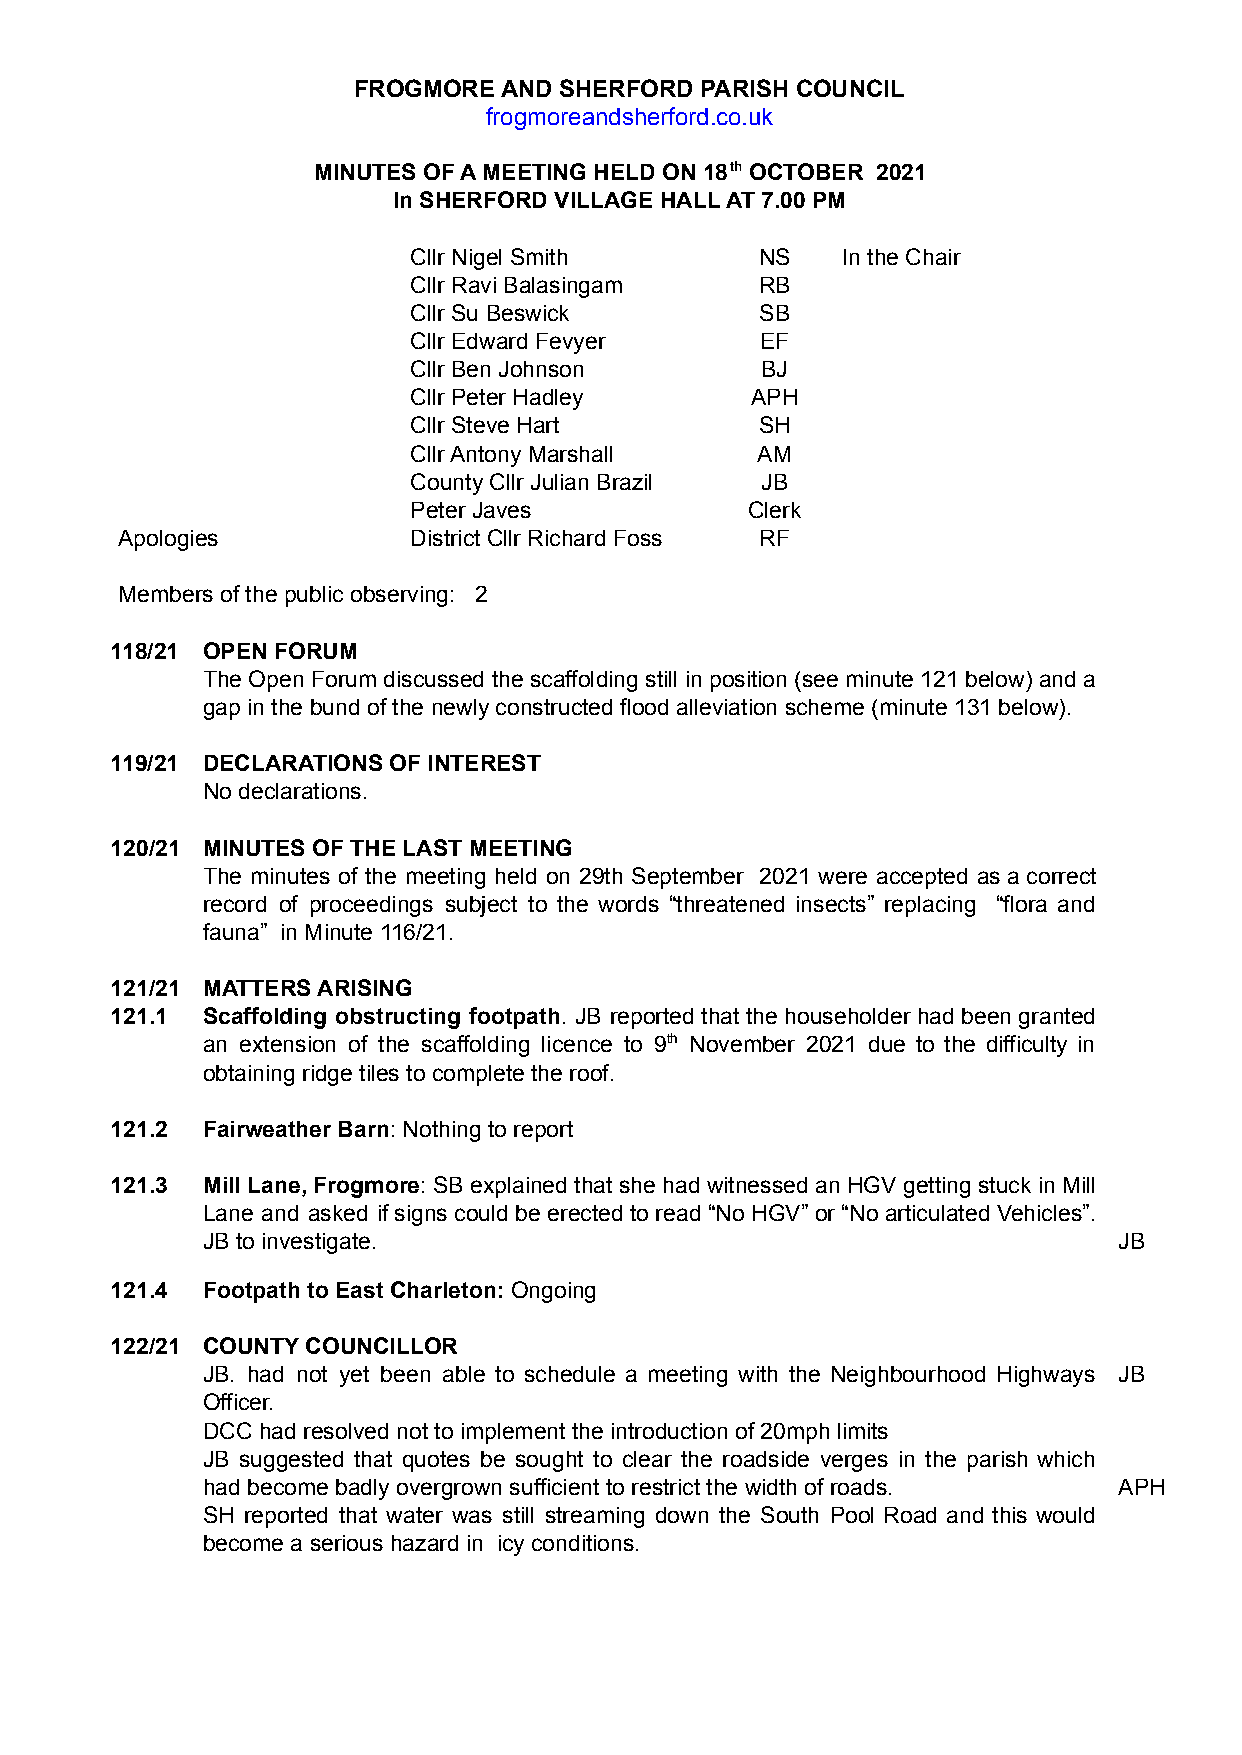
FROGMORE  AND SHERFORD PARISH COUNCIL
 frogmoreandsherford.co.uk
 MINUTES OF A MEETING HELD ON 18th OCTOBER 2021
 In SHERFORD VILLAGE HALL AT 7.00 PM
 Cllr Nigel Smith       NS    In the Chair
 Cllr Ravi Balasingam   RB
 Cllr Su Beswick        SB
 Cllr Edward Fevyer     EF
 Cllr Ben Johnson       BJ
 Cllr Peter Hadley      APH
 Cllr Steve Hart        SH
 Cllr Antony Marshall   AM
 County Cllr Julian Brazil JB
 Peter Javes           Clerk
 Apologies          District Cllr Richard Foss RF
 Members of the public observing: 2
 118/21 OPEN FORUM
 The Open Forum discussed the scaffolding still in position (see minute 121 below) and a
 gap in the bund of the newly constructed flood alleviation scheme (minute 131 below).
 119/21 DECLARATIONS OF INTEREST
 No declarations.
 120/21 MINUTES OF THE LAST MEETING
 The minutes of the meeting held on 29th September 2021 were accepted as a correct
 record of proceedings subject to the words “threatened insects” replacing “flora and
 fauna” in Minute 116/21.
 121/21 MATTERS ARISING
 121.1 Scaffolding obstructing footpath. JB reported that the householder had been granted
 an extension of the scaffolding licence to 9th November 2021 due to the difficulty in
 obtaining ridge tiles to complete the roof.
 121.2 Fairweather Barn: Nothing to report
 121.3 Mill Lane, Frogmore: SB explained that she had witnessed an HGV getting stuck in Mill
 Lane and asked if signs could be erected to read “No HGV” or “No articulated Vehicles”.
 JB to investigate.                                           JB
 121.4 Footpath to East Charleton: Ongoing
 122/21 COUNTY COUNCILLOR
 JB. had not yet been able to schedule a meeting with the Neighbourhood Highways JB
 Officer.
 DCC had resolved not to implement the introduction of 20mph limits
 JB suggested that quotes be sought to clear the roadside verges in the parish which
 had become badly overgrown sufficient to restrict the width of roads. APH
 SH reported that water was still streaming down the South Pool Road and this would
 become a serious hazard in icy conditions.